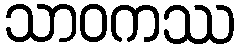
သာဝကဿ